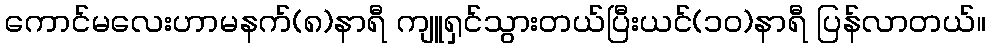
ကောင်မလေးဟာမနက်(၈)နာရီ ကျူရှင်သွားတယ်ပြီးယင်(၁၀)နာရီ ပြန်လာတယ်။